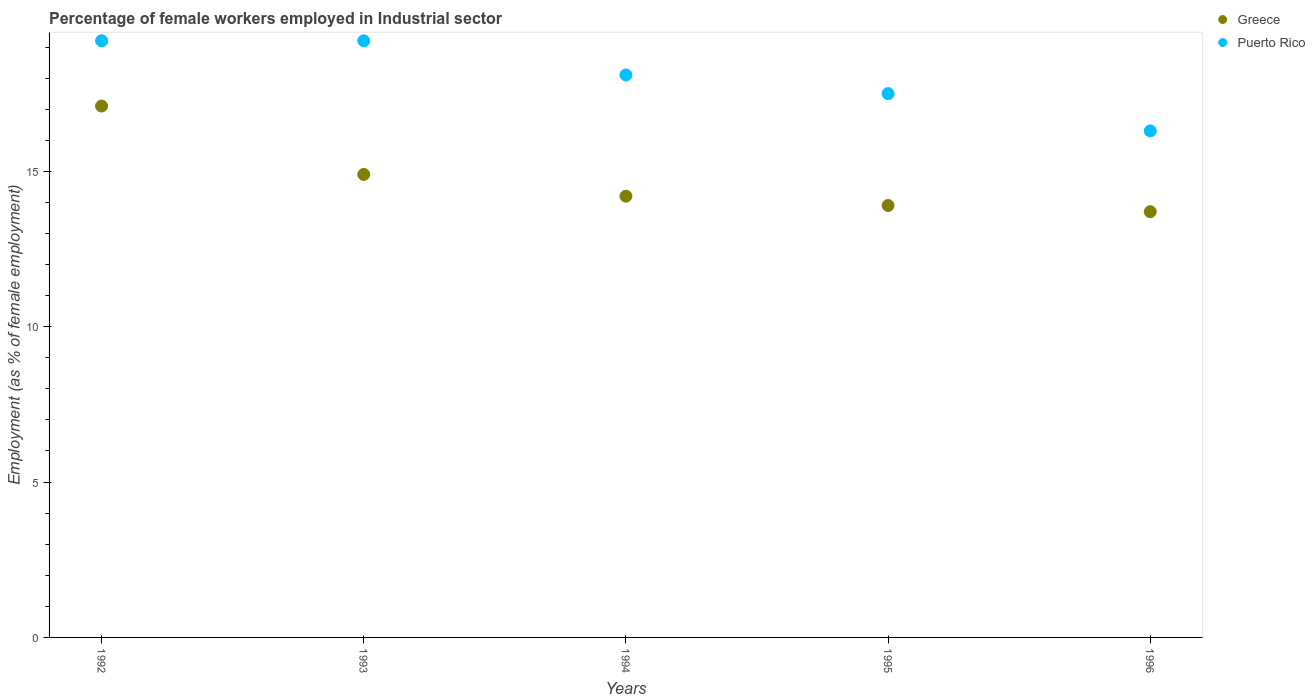
| Years | Greece | Puerto Rico |
 | --- | --- | --- |
 | 1992 | 17.1 | 19.2 |
 | 1993 | 14.9 | 19.2 |
 | 1994 | 14.2 | 18.1 |
 | 1995 | 13.9 | 17.5 |
 | 1996 | 13.7 | 16.3 |